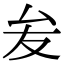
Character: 𭆙